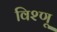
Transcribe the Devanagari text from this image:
विश्णू